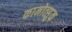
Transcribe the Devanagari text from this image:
कामोत्सुक